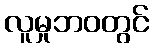
လူမှုဘဝတွင်